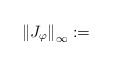
\begin{align*}\left\| J_{\varphi } \right\|_{\infty }:=\end{align*}